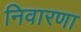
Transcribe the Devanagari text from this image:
निवारणा